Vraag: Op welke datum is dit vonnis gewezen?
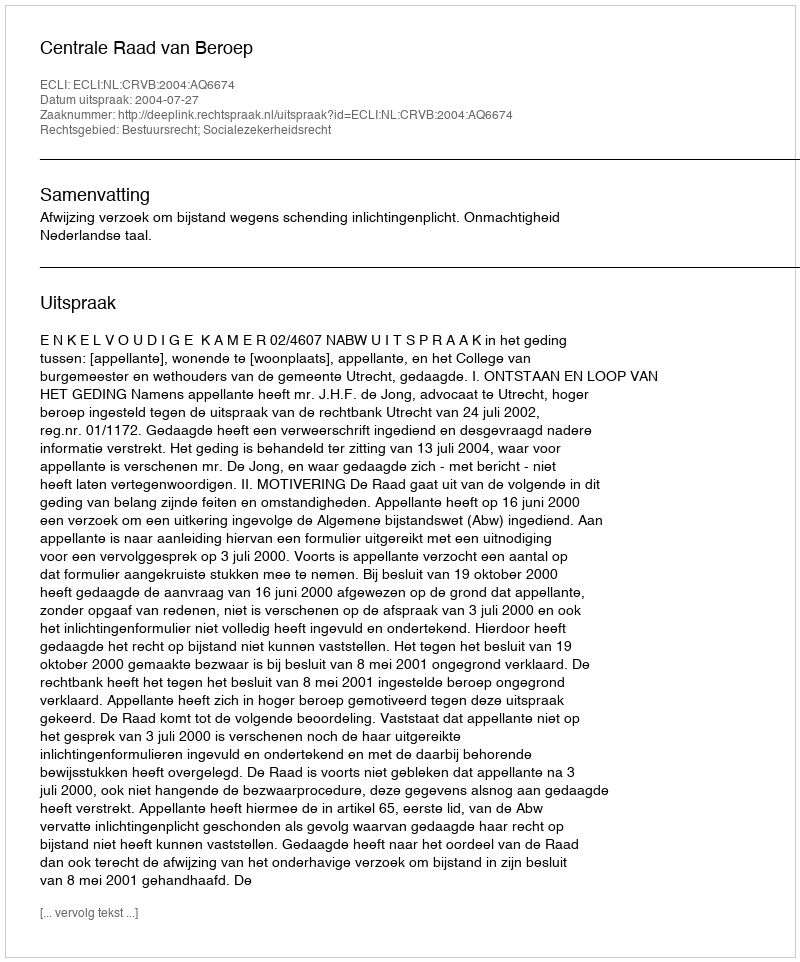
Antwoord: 2004-07-27